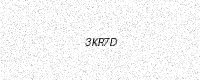
Text: 3KR7D